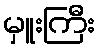
မှူးကြီး